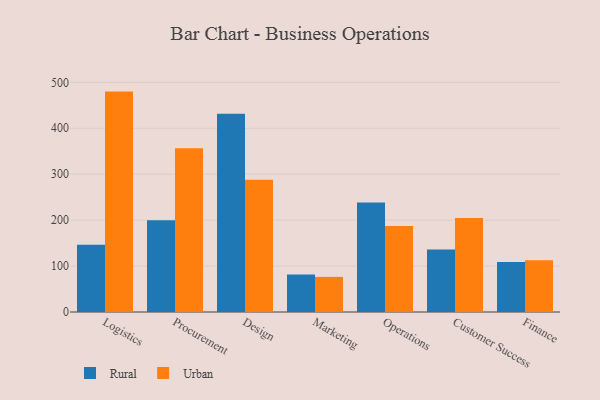
{"axis": {"x": "Department", "y": "Latency (ms)"}, "legend": ["Rural", "Urban"], "data": [{"x": "Logistics", "y": 146.5, "type": "Rural"}, {"x": "Logistics", "y": 479.8, "type": "Urban"}, {"x": "Procurement", "y": 199.8, "type": "Rural"}, {"x": "Procurement", "y": 356.4, "type": "Urban"}, {"x": "Design", "y": 431.4, "type": "Rural"}, {"x": "Design", "y": 287.8, "type": "Urban"}, {"x": "Marketing", "y": 81.6, "type": "Rural"}, {"x": "Marketing", "y": 76.4, "type": "Urban"}, {"x": "Operations", "y": 238.3, "type": "Rural"}, {"x": "Operations", "y": 187.4, "type": "Urban"}, {"x": "Customer Success", "y": 136.0, "type": "Rural"}, {"x": "Customer Success", "y": 204.9, "type": "Urban"}, {"x": "Finance", "y": 108.6, "type": "Rural"}, {"x": "Finance", "y": 112.8, "type": "Urban"}]}